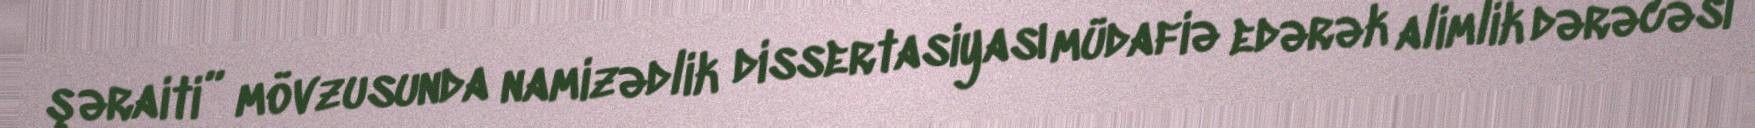
şəraiti” mövzusunda namizədlik dissertasiyası müdafiə edərək alimlik dərəcəsi